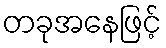
တခုအနေဖြင့်